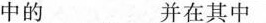
中的___并在其中 ___。